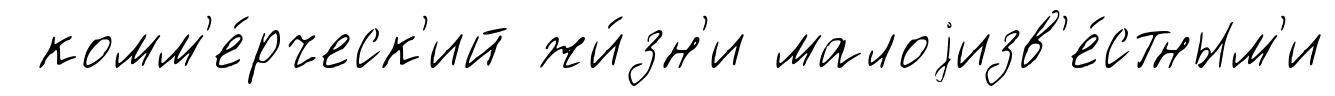
комм'е́рческ'ий жи́зн'и малоjизв'е́стным'и